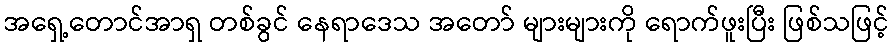
အရှေ့တောင်အာရှ တစ်ခွင် နေရာဒေသ အတော် များများကို ရောက်ဖူးပြီး ဖြစ်သဖြင့်